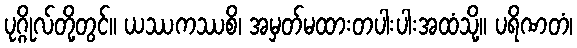
ပုဂ္ဂိုလ်တို့တွင်။ ယဿကဿစိ၊ အမှတ်မထားတပါးပါးအထံသို့။ ပရိဏတံ၊